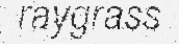
raygrass